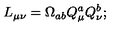
L _ { \mu \nu } = \Omega _ { a b } Q _ { \mu } ^ { a } Q _ { \nu } ^ { b } ;